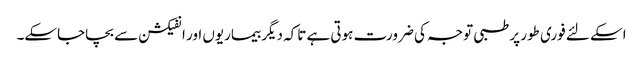
اسکے لئے فوری طور پر طبی توجہ کی ضرورت ہوتی ہے تاکہ دیگر بیماریوں اور انفیکشن سے بچاجاسکے۔